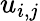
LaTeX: u_{i,j}